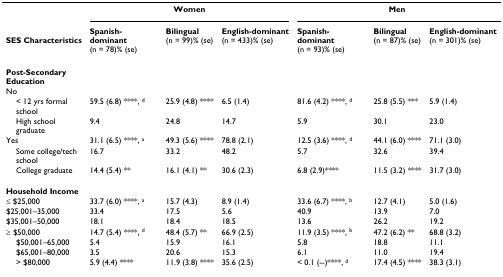
|  | <COLSPAN=3> Women | <COLSPAN=3> Men |
 | SES Characteristics | Spanish-dominant (n = 78)% (se) | Bilingual (n = 99)% (se) | English-dominant (n = 433)% (se) | Spanish-dominant (n = 93)% (se) | Bilingual (n = 87)% (se) | English-dominant (n = 301)% (se) |
 | --- | --- | --- | --- | --- | --- | --- |
 | Post-Secondary Education |  |  |  |  |  |  |
 | No |  |  |  |  |  |  |
 | < 12 yrs formal school | 59.5 (6.8) ****, d | 25.9 (4.8) **** | 6.5 (1.4) | 81.6 (4.2) ****, d | 25.8 (5.5) *** | 5.9 (1.4) |
 | High school graduate | 9.4 | 24.8 | 14.7 | 5.9 | 30.1 | 23.0 |
 | Yes | 31.1 (6.5) ****, a | 49.3 (5.6) **** | 78.8 (2.1) | 12.5 (3.6) ****, d | 44.1 (6.0) **** | 71.1 (3.0) |
 | Some college/tech school | 16.7 | 33.2 | 48.2 | 5.7 | 32.6 | 39.4 |
 | College graduate | 14.4 (5.4) ** | 16.1 (4.1) ** | 30.6 (2.3) | 6.8 (2.9)**** | 11.5 (3.2) **** | 31.7 (3.0) |
 | Household Income |  |  |  |  |  |  |
 | ≤ $25,000 | 33.7 (6.0) ****, a | 15.7 (4.3) | 8.9 (1.4) | 33.6 (6.7) ****, b | 12.7 (4.1) | 5.0 (1.6) |
 | $25,001–35,000 | 33.4 | 17.5 | 5.6 | 40.9 | 13.9 | 7.0 |
 | $35,001–50,000 | 18.1 | 18.4 | 18.5 | 13.6 | 26.2 | 19.2 |
 | ≥ $50,000 | 14.7 (5.4) ****, d | 48.4 (5.7) ** | 66.9 (2.5) | 11.9 (3.5) ****, b | 47.2 (6.2) ** | 68.8 (3.2) |
 | $50,001–65,000 | 5.4 | 15.9 | 16.1 | 5.8 | 18.8 | 11.1 |
 | $65,001–80,000 | 3.5 | 20.6 | 15.3 | 6.1 | 11.0 | 19.4 |
 | > $80,000 | 5.9 (4.4) **** | 11.9 (3.8) **** | 35.6 (2.5) | < 0.1 (--)****, d | 17.4 (4.5) **** | 38.3 (3.1) |